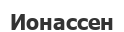
Ионассен